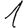
Digit: 1